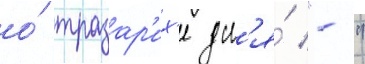
о́ тразар'их'е дл'я́ "-"